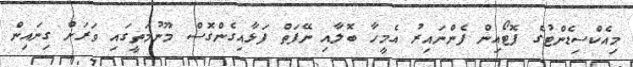
މިއެކްސިޑެންޓުގެ ފޮޓޯއިން ފެންނައިރު އެމީހާ ބޮލާއި ނޭފަތް ފަޅާއިގެންގޮސް މޫނުމަތީގައި ވަރަށް ގިނައިން